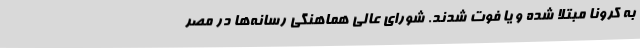
به کرونا مبتلا شده و یا فوت شدند. شورای عالی هماهنگی رسانه‌ها در مصر